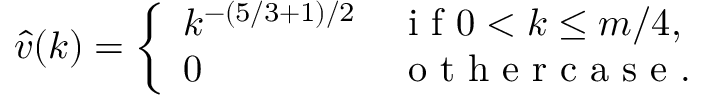
\hat { v } ( k ) = \left\{ \begin{array} { l l } { k ^ { - ( 5 / 3 + 1 ) / 2 } } & { \mathrm { ~ i ~ f ~ } 0 < k \le m / 4 , } \\ { 0 } & { \mathrm { ~ o ~ t ~ h ~ e ~ r ~ c ~ a ~ s ~ e ~ . ~ } } \end{array} \right.